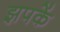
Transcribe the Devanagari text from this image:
झपकें